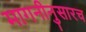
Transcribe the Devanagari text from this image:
मागनीनुसारच